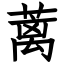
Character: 蓠